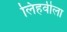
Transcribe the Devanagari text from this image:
लिहवीला